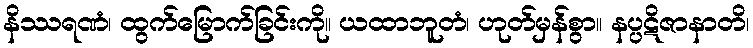
နိဿရဏံ၊ ထွက်မြောက်ခြင်းကို။ ယထာဘူတံ၊ ဟုတ်မှန်စွာ။ နပ္ပဋိဇာနာတိ၊